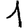
Digit: 1